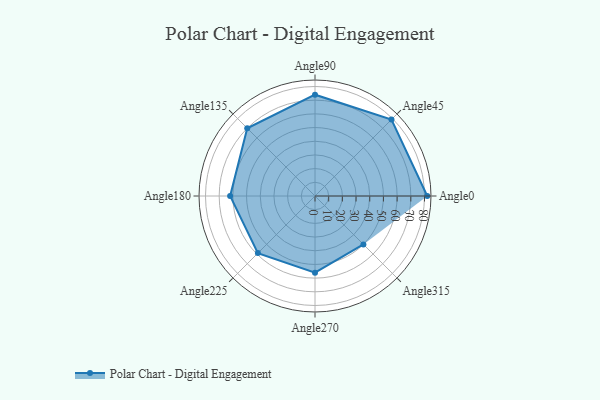
{"axis": {"x": "Angle", "y": "Radius"}, "legend": [""], "data": [{"x": "Angle0", "y": 82.0, "type": ""}, {"x": "Angle45", "y": 79.0, "type": ""}, {"x": "Angle90", "y": 74.0, "type": ""}, {"x": "Angle135", "y": 70.0, "type": ""}, {"x": "Angle180", "y": 62.0, "type": ""}, {"x": "Angle225", "y": 59.0, "type": ""}, {"x": "Angle270", "y": 56.0, "type": ""}, {"x": "Angle315", "y": 50, "type": ""}]}